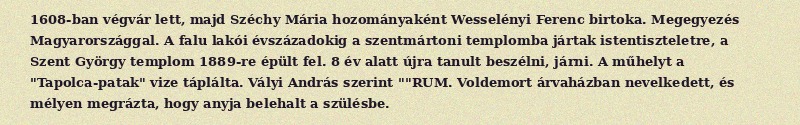
1608-ban végvár lett, majd Széchy Mária hozományaként Wesselényi Ferenc birtoka. Megegyezés Magyarországgal. A falu lakói évszázadokig a szentmártoni templomba jártak istentiszteletre, a Szent György templom 1889-re épült fel. 8 év alatt újra tanult beszélni, járni. A műhelyt a "Tapolca-patak" vize táplálta. Vályi András szerint ""RUM. Voldemort árvaházban nevelkedett, és mélyen megrázta, hogy anyja belehalt a szülésbe.